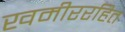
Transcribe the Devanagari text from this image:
खमीररहित